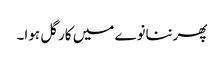
پھرننانوے میں کارگل ہوا۔